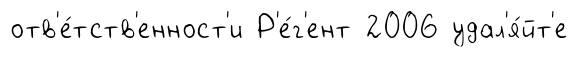
отв'е́тств'енност'и Р'е́г'ент 2006 удал'я́йт'е